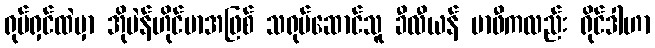
ရုပ်ရှင်ထဲမှာ အိုပဲန်ဟိုင်မာအဖြစ် သရုပ်ဆောင်သူ ခီလီယန် မာဖီကလည်း ရိုင်ဒါဟာ